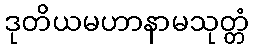
ဒုတိယမဟာနာမသုတ္တံ